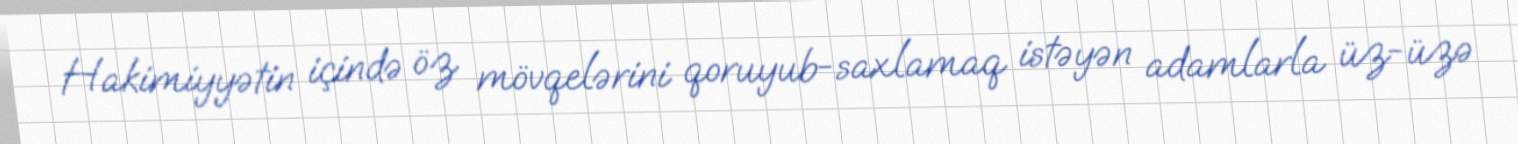
Hakimiyyətin içində öz mövqelərini qoruyub-saxlamaq istəyən adamlarla üz-üzə